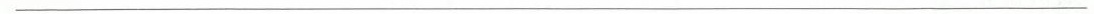
___